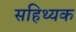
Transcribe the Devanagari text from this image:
सहिथ्यक